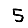
Digit: 5